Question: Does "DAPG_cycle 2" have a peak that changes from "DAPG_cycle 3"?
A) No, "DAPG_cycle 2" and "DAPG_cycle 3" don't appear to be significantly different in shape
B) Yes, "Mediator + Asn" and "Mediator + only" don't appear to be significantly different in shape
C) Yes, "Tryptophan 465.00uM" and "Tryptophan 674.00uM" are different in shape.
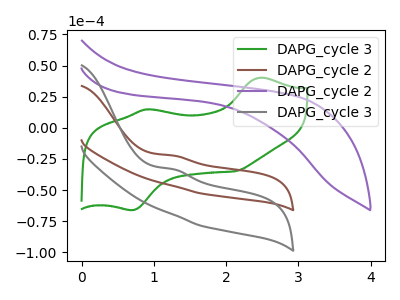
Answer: <think>The green curve "DAPG_cycle 3" has anodic peaks at (2.50V, 40.30uA) (0.90V, 14.90uA) and cathodic peaks at (0.70V, -66.05uA) (2.15V, -34.80uA). The brown curve "DAPG_cycle 2" has an anodic peak at: (1.25V, -22.25uA). The purple curve "DAPG_cycle 2" has no peaks. The gray curve "DAPG_cycle 3" has an anodic peak at: (1.25V, -33.25uA).
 All the peaks in "DAPG_cycle 2" have a peak in "DAPG_cycle 3" at the same potential. Every peak in "DAPG_cycle 2" is higher than every peak in "DAPG_cycle 3".</think>
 <answer>A) No, "DAPG_cycle 2" and "DAPG_cycle 3" don't appear to be significantly different in shape</answer>
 <eval>A</eval>